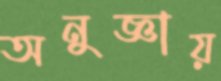
অনুজ্ঞায়